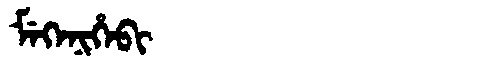
Manchu: ᠮᡝᡴᡝᠨᡳᡥᡝᠪᡳ
Romanization: MEKENIHEBI